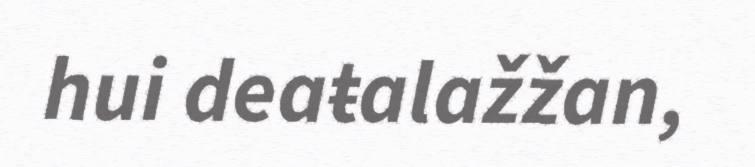
hui deaŧalažžan,